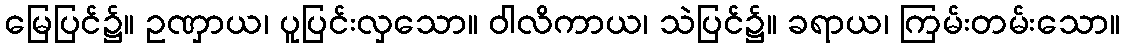
မြေပြင်၌။ ဥဏှာယ၊ ပူပြင်းလှသော။ ဝါလိကာယ၊ သဲပြင်၌။ ခရာယ၊ ကြမ်းတမ်းသော။